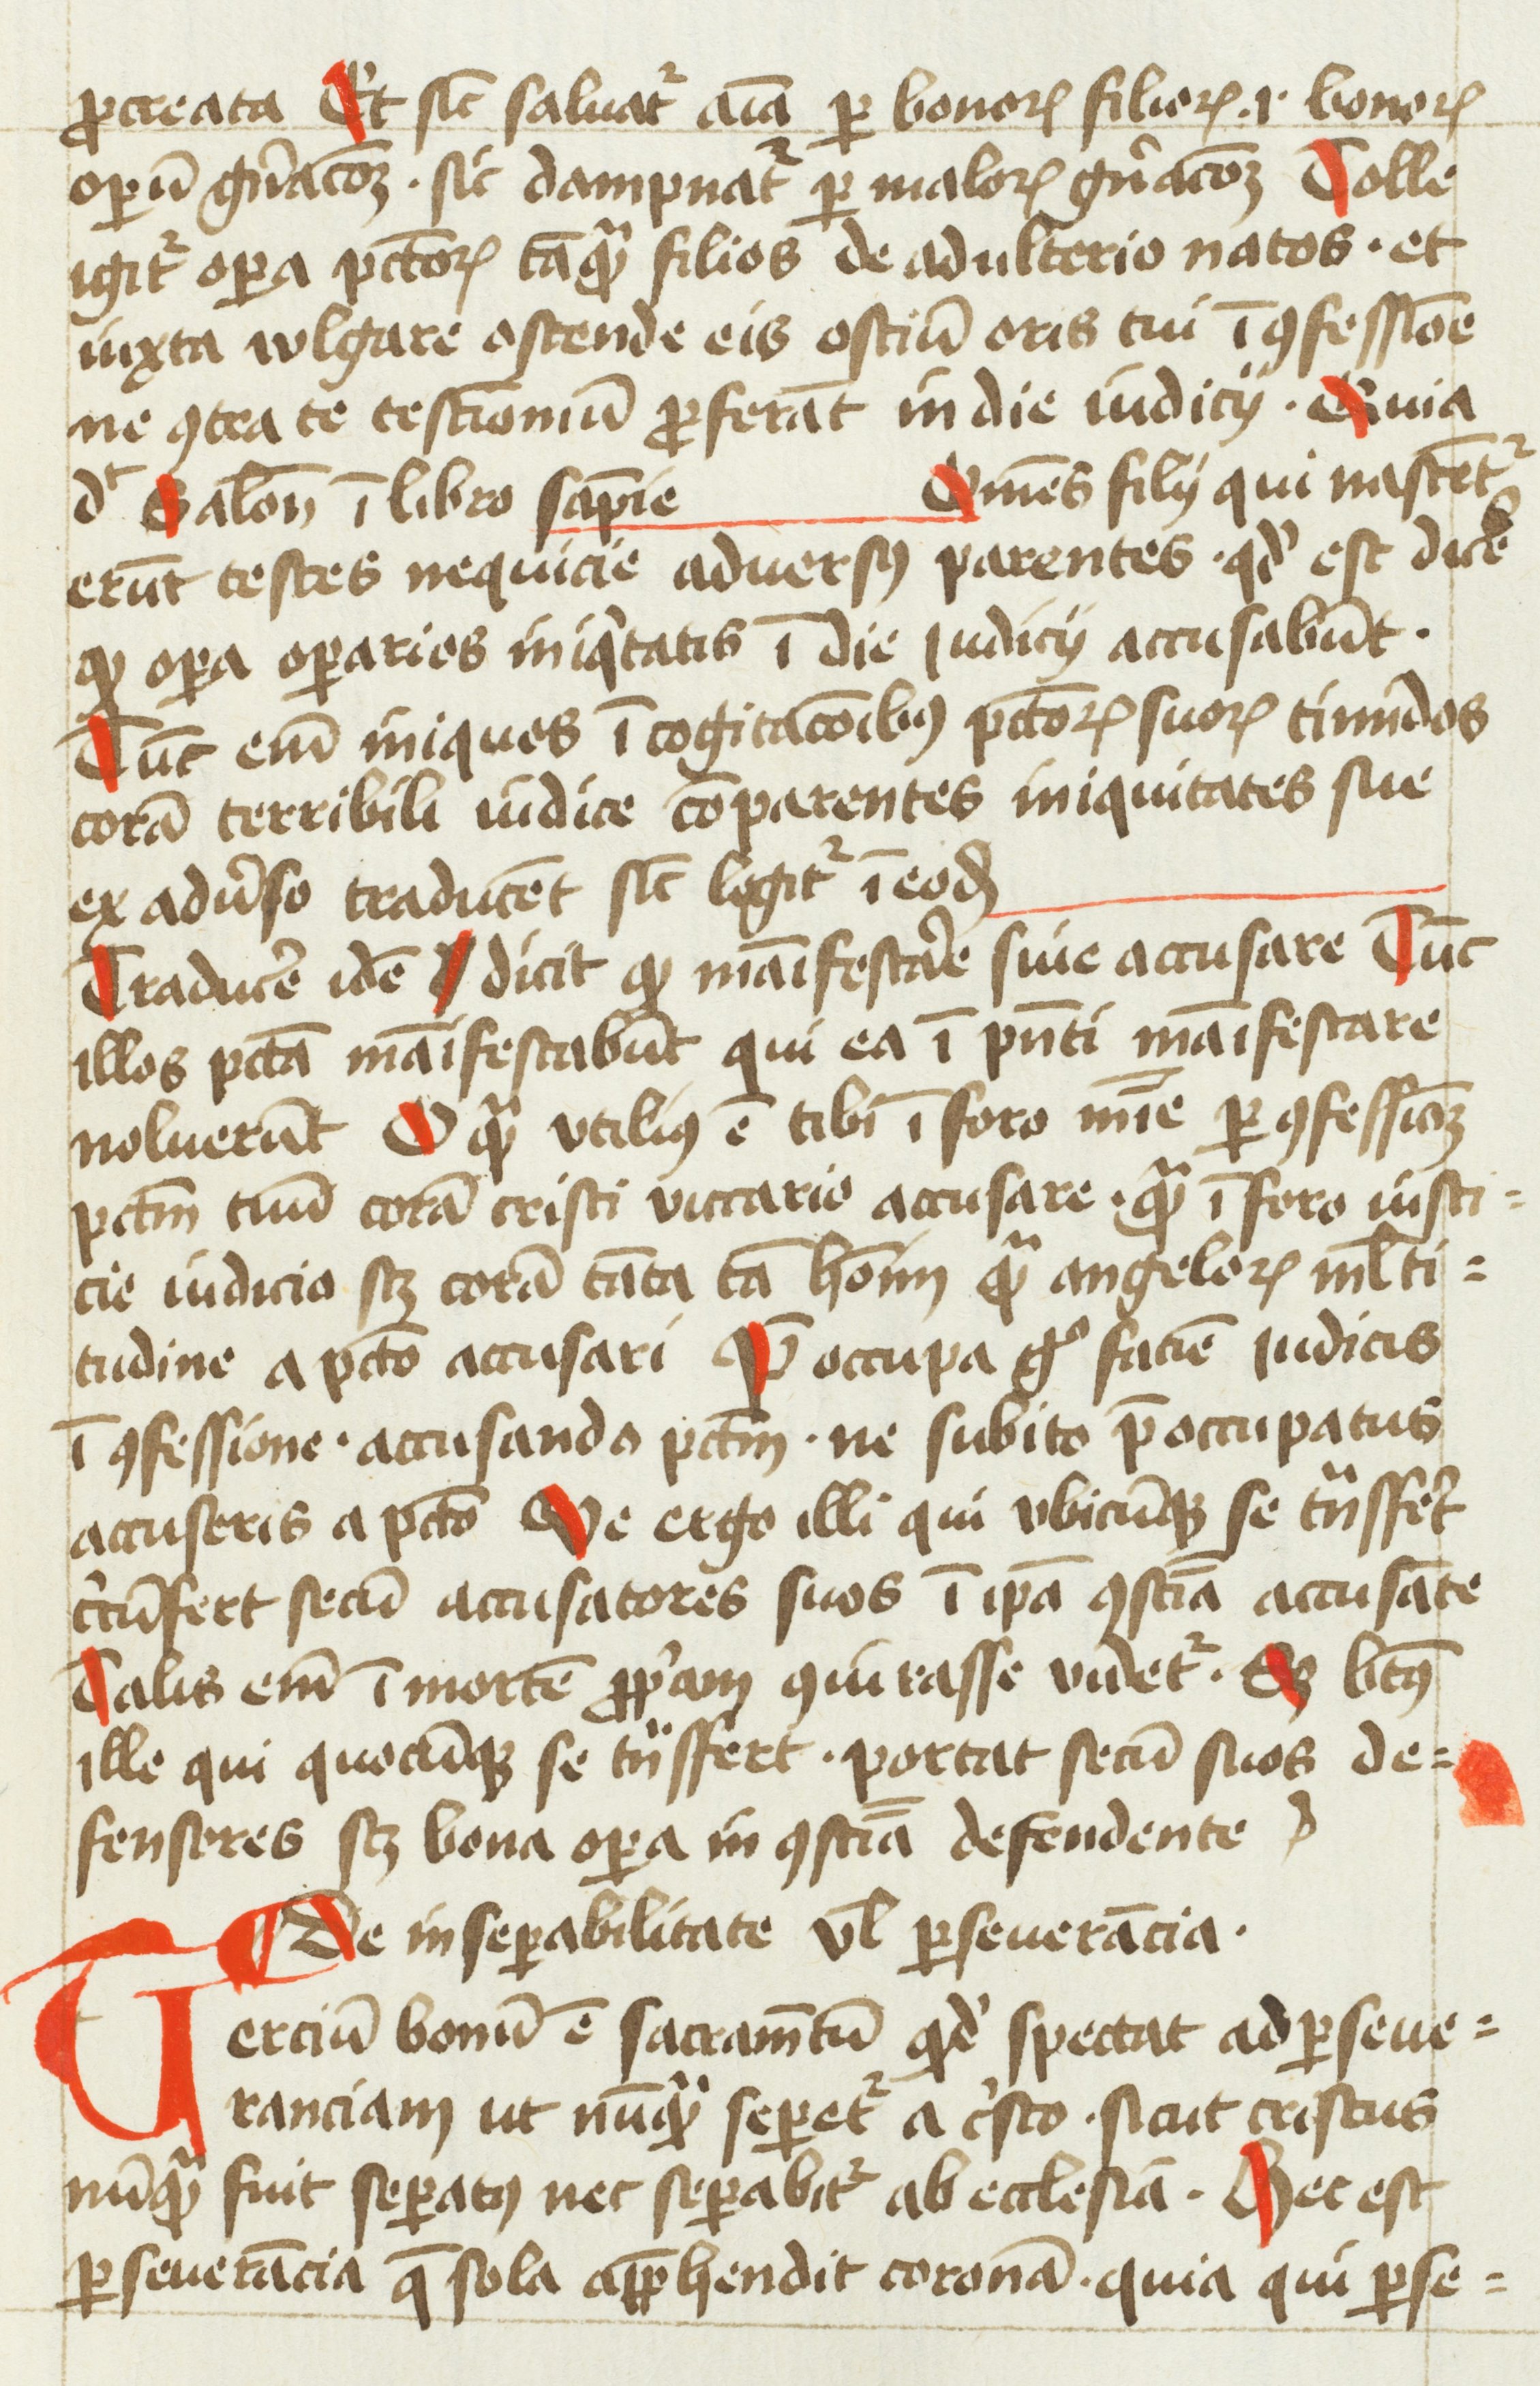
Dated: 1454–1456